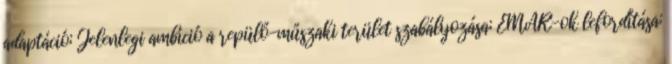
adaptáció; Jelenlegi ambíció a repülő-műszaki terület szabályozása; EMAR-ok lefordítása;